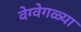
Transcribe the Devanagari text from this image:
वेग्वेगळ्या